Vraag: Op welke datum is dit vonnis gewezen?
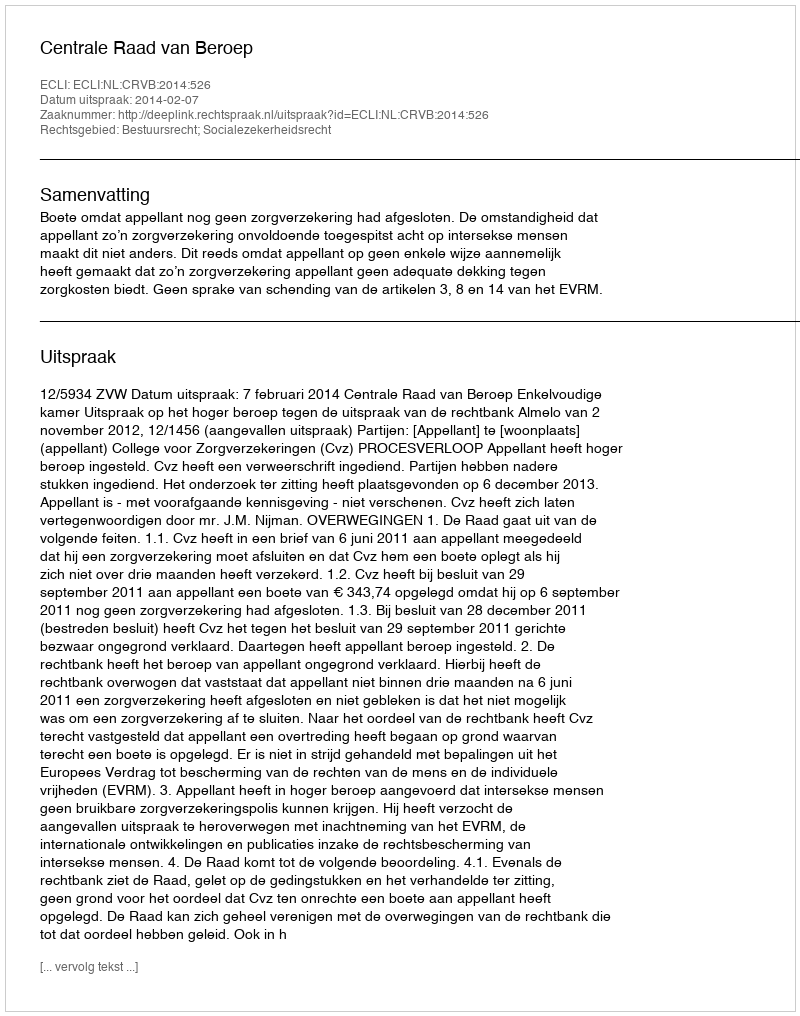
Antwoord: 2014-02-07